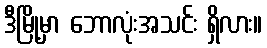
ဒီမြို့မှာ ဘောလုံးအသင်း ရှိလား။